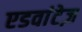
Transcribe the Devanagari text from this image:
एडवांटेज़